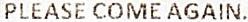
PLEASE COME AGAIN.